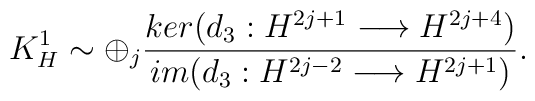
K_H^1\sim \oplus_j \frac{ker(d_3:H^{2j+1}\longrightarrow H^{2j+4})}{im(d_3:H^{2j-2}\longrightarrow H^{2j+1})}.